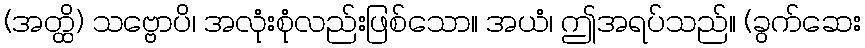
(အတ္ထိ) သဗ္ဗောပိ၊ အလုံးစုံလည်းဖြစ်သော။ အယံ၊ ဤအရပ်သည်။ (ခွက်ဆေး